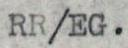
RR/EG.